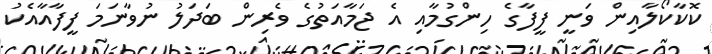
ކޮކާކޯލާއިން ވަނީ ފީފާގެ ހިންގުމާއި އެ ޖަމާއަތުގެ ވެރިން ބަދަލު ނުވާނަމަ ފީފާއާއެކު